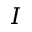
I